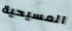
المسيحية